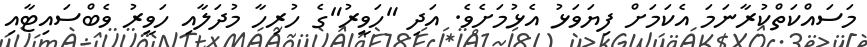
މަސައްކަތްކުރާނަމަ އެކަމަށް ފިޔަވަޅު އެޅުމަށެވެ. އަދި "ހަވީރު"ގެ ހުރިހާ މުދަލާއި ހަވީރު ވެބްސައިޓާއި